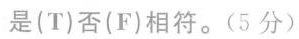
是(T)否(F)相符。(5分)